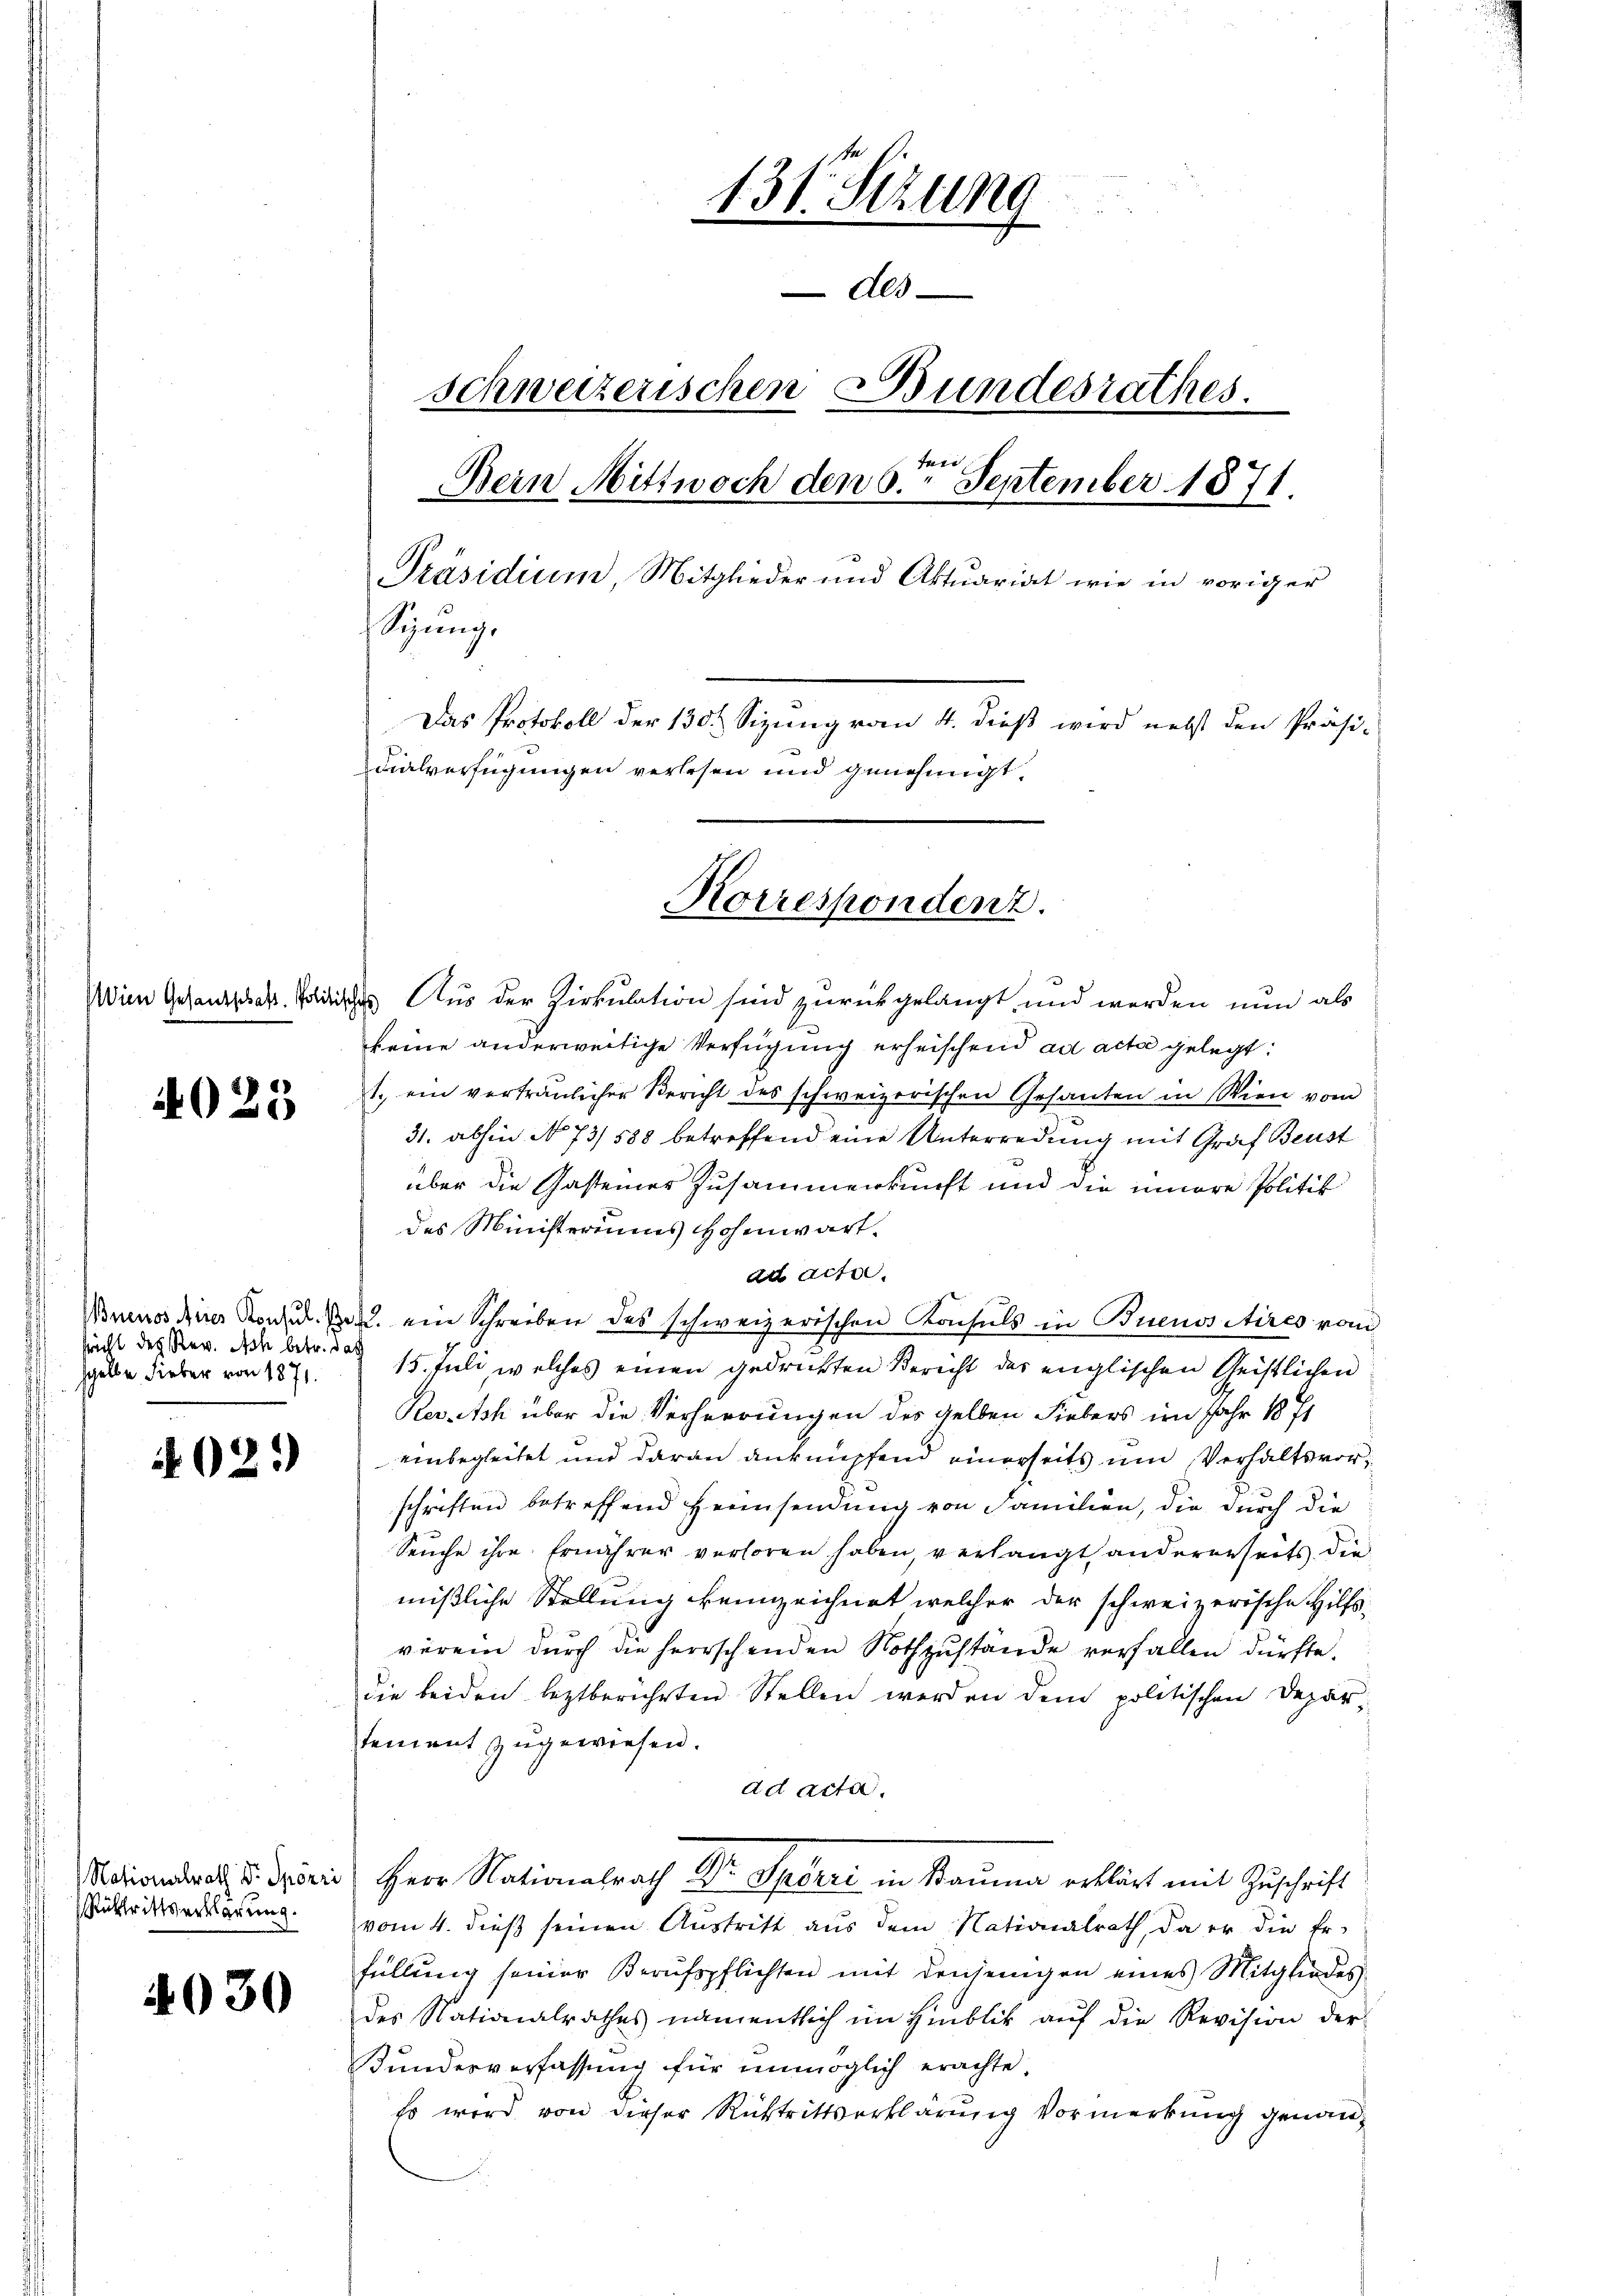
4025

sricht des Rer. Ich betr. das
selbe Lieber von 1871.

O2*)

Rücktrittserklärung.

4930

131. Setzung
Als
schweizerischen Bundesrathes.

Bein Mittwoch den 6. September 1871.
Präsidium, Mitglieder und Aktuariat wie in voriger
Siŭng.
Das Protokoll der 130. Sizung vom 4. dieß wird nebst den Präsi-
dialverfügungen verlesen und genehmigt.

Korrespondent.

Wien Gesandtschr. Politisches Aus der Zirkulation sind zurückgelangt, und werden nun als
keine anderweitige Verfügung erheischend ad acta gelegt:
1. ein verträulicher Bericht des schweizerischen Gesanten in Wien vom
31. abhin No 73/538 betreffend eine Unterredung mit Graf Beust
über die Gasteiner Zusammenkunft und die innere Politik
des Ministeriums Hohenwart.
ad acta.
Wuenos die Konsid. J. ein Schreiben des schweizerischen Konsuls in Buenositires von
15. Juli, welches einen gedruckten Bericht der englischen Geistlichen
Revch über die Verherrungen des gelben Liebers im Jahr 1871
einbegleitet und daran anknüpfend einerseits um Verhaltsvorschriften betreffend Heimsendung von Familien, die durch die
Seuche ihre Ernährer verhören haben, verlangt andererseits die
mißliche Stellung kennzeichnet welcher der schweizerische Hilfs-
verein dŭrch die herrschenden Nothzŭstände verfallen dürfte.
die beiden leztberührten Stellen werden dem politischen Departement zugewiesen.
ad acta.
Rotionalrat v. Spirie Herr Nationalrath Dr. Spörri in Stauma erklärt mit Zuschrift
vom 4. dieß seinen Austritt aus dem Nationalrath, da er die Er-
füllung seiner Berufspflichten mit denjenigen eines Mitgliedes
des Nationalrathes namentlich im Hinblik aŭf die Revision der
Bundesverfassung für unmöglich erachte,
Es wird von dieser Rücktrittserklärung Vormerkung genann¬